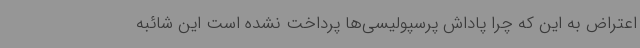
اعتراض به این که چرا پاداش پرسپولیسی‌ها پرداخت نشده است این شائبه